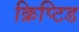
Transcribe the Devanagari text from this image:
क्रिप्टिड